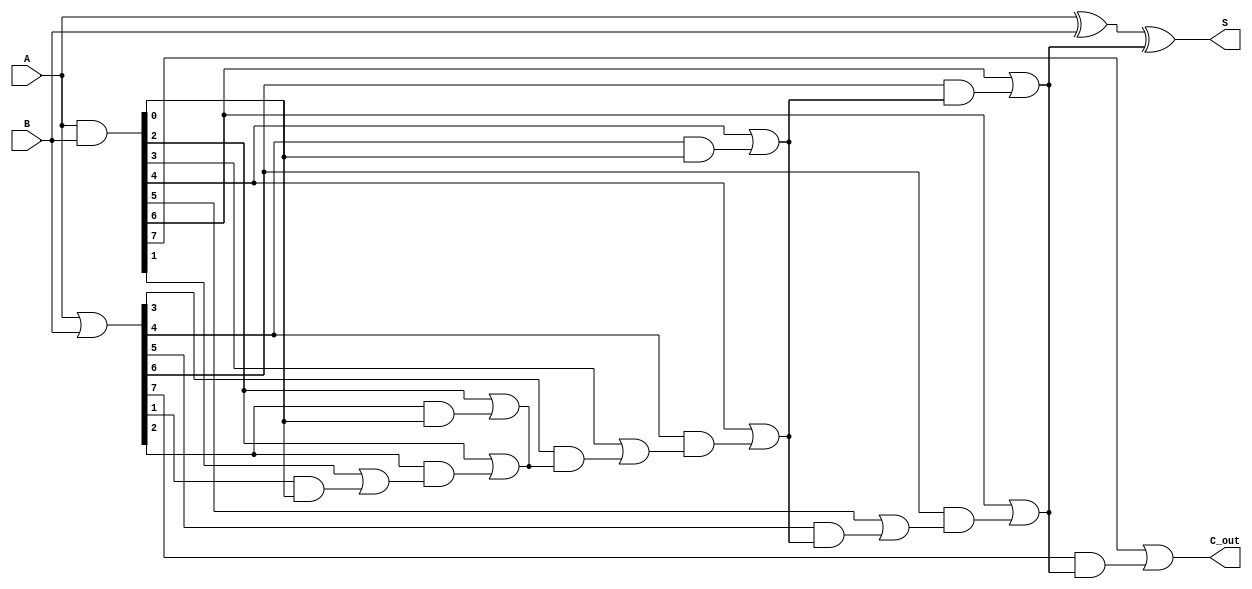
module brent_kung_adder #(parameter N = 8) (
    input  [N-1:0] A,      // First operand
    input  [N-1:0] B,      // Second operand
    output [N-1:0] S,      // Sum output
    output        C_out     // Carry out
);

    wire [N-1:0] G;        // Generate signals
    wire [N-1:0] P;        // Propagate signals
    wire [N:0] C;          // Carry signals

    // Generate and Propagate signals
    assign G = A & B;      // Generate
    assign P = A | B;      // Propagate

    // Initial carry
    assign C[0] = 1'b0;    // C[0] is the initial carry (0)

    // Carry generation using Brent-Kung structure
    genvar i, j;
    generate
        // Calculate carry bits
        for (i = 0; i < N; i = i + 1) begin : carry_gen
            if (i == 0) begin
                assign C[i + 1] = G[i] | (P[i] & C[i]);
            end else begin
                assign C[i + 1] = G[i] | (P[i] & C[i]);
            end
        end

        // Additional levels for Brent-Kung
        for (j = 1; j < N; j = j * 2) begin : brent_kung_levels
            for (i = 0; i < N; i = i + 2*j) begin : carry_level
                if (i + j < N) begin
                    assign C[i + j + 1] = G[i + j] | (P[i + j] & C[i + 1]);
                end
            end
        end
    endgenerate

    // Sum calculation
    assign S = A ^ B ^ C[N-1:N-1]; // Sum bits
    assign C_out = C[N];           // Final carry out

endmodule